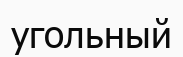
угольный